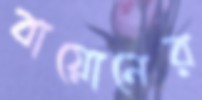
বায়োনের